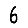
Digit: 6